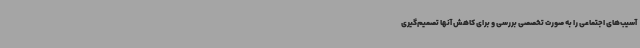
آسیب‌های اجتماعی را به صورت تخصصی بررسی و برای کاهش آنها تصمیم‌گیری